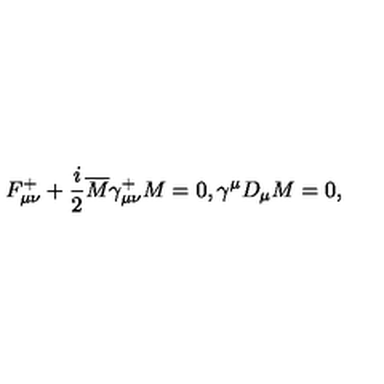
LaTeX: F _ { \mu \nu } ^ { + } + \frac { i } { 2 } \overline { M } \gamma _ { \mu \nu } ^ { + } M = 0 , \gamma ^ { \mu } D _ { \mu } M = 0 ,